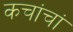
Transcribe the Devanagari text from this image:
कचांचां